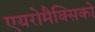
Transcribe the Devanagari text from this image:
एयरोमैक्सिको